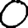
Digit: 0